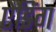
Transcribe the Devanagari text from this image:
ऐडिंग